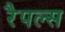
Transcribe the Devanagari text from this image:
रैपल्स